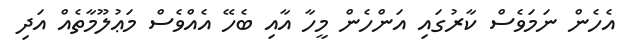
އެހެން ނަމަވެސް ކާރުގައި އަންހެން މީހާ އާއި ބެހޭ އެއްވެސް މަޢުލޫމާތެއް އަދި